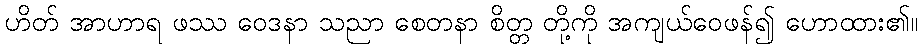
ဟိတ် အာဟာရ ဖဿ ဝေဒနာ သညာ စေတနာ စိတ္တ တို့ကို အကျယ်ဝေဖန်၍ ဟောထား၏။